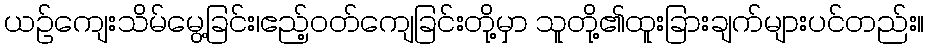
ယဉ်ကျေးသိမ်မွေ့ခြင်း၊ဧည့်ဝတ်ကျေခြင်းတို့မှာ သူတို့၏ထူးခြားချက်များပင်တည်း။